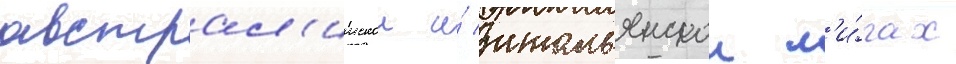
австрал'иискои и́ итальянскои л'и́гах